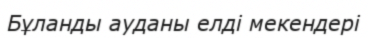
Бұланды ауданы елді мекендері